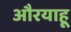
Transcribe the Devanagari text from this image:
औरयाहू